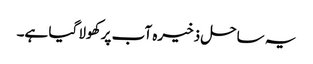
یہ ساحل ذخیرہ آب پر کھولا گیا ہے۔